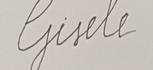
Signature authenticity: forged